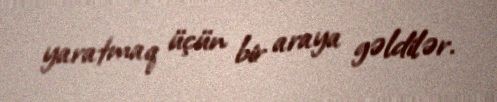
yaratmaq üçün bir araya gəldilər.